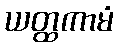
ယတ္ထကာမံ